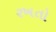
રખતો